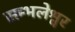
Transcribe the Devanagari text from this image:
सम्भलेश्वर